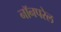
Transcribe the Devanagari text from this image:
नॉनपरेल